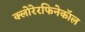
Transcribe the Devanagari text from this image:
क्लोरेरफिनेकॉल